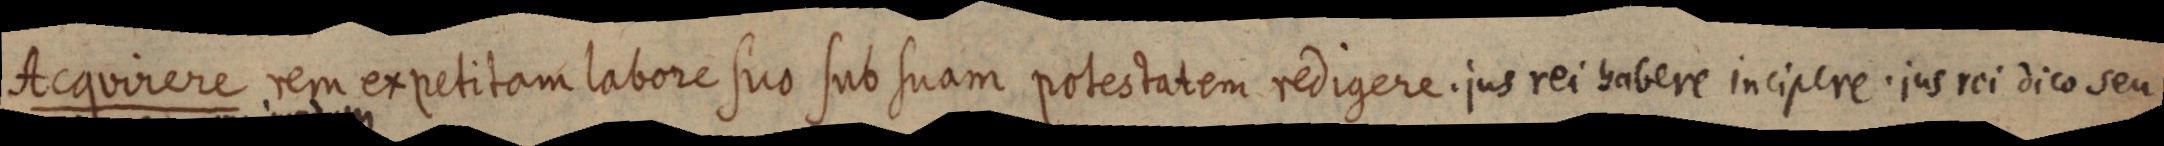
Acquirere rem expetitam labore suo sub suam potestatem redigere. jus rei habere incipere. jus rei dico seu